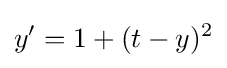
y'=1+(t-y)^{2}